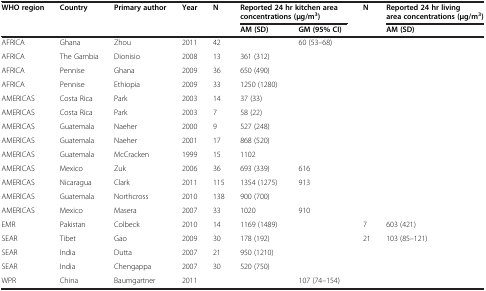
<table><thead><tr><td><b>WHO region</b></td><td><b>Country</b></td><td><b>Primary author</b></td><td><b>Year</b></td><td><b>N</b></td><td colspan="2"><b>Reported 24 hr kitchen area concentrations (μg/m<sup>3</sup>)</b></td><td><b>N</b></td><td><b>Reported 24 hr living area concentrations (μg/m<sup>3</sup>)</b></td></tr><tr><td><b> </b></td><td><b> </b></td><td><b> </b></td><td><b> </b></td><td><b> </b></td><td><b>AM (SD)</b></td><td><b>GM (95% CI)</b></td><td><b> </b></td><td><b>AM (SD)</b></td></tr></thead><tbody><tr><td>AFRICA</td><td>Ghana</td><td>Zhou</td><td>2011</td><td>42</td><td> </td><td>60 (53–68)</td><td> </td><td> </td></tr><tr><td>AFRICA</td><td>The Gambia</td><td>Dionisio</td><td>2008</td><td>13</td><td>361 (312)</td><td> </td><td> </td><td> </td></tr><tr><td>AFRICA</td><td>Pennise</td><td>Ghana</td><td>2009</td><td>36</td><td>650 (490)</td><td> </td><td> </td><td> </td></tr><tr><td>AFRICA</td><td>Pennise</td><td>Ethiopia</td><td>2009</td><td>33</td><td>1250 (1280)</td><td> </td><td> </td><td> </td></tr><tr><td>AMERICAS</td><td>Costa Rica</td><td>Park</td><td>2003</td><td>14</td><td>37 (33)</td><td> </td><td> </td><td> </td></tr><tr><td>AMERICAS</td><td>Costa Rica</td><td>Park</td><td>2003</td><td>7</td><td>58 (22)</td><td> </td><td> </td><td> </td></tr><tr><td>AMERICAS</td><td>Guatemala</td><td>Naeher</td><td>2000</td><td>9</td><td>527 (248)</td><td> </td><td> </td><td> </td></tr><tr><td>AMERICAS</td><td>Guatemala</td><td>Naeher</td><td>2001</td><td>17</td><td>868 (520)</td><td> </td><td> </td><td> </td></tr><tr><td>AMERICAS</td><td>Guatemala</td><td>McCracken</td><td>1999</td><td>15</td><td>1102</td><td> </td><td> </td><td> </td></tr><tr><td>AMERICAS</td><td>Mexico</td><td>Zuk</td><td>2006</td><td>36</td><td>693 (339)</td><td>616</td><td> </td><td> </td></tr><tr><td>AMERICAS</td><td>Nicaragua</td><td>Clark</td><td>2011</td><td>115</td><td>1354 (1275)</td><td>913</td><td> </td><td> </td></tr><tr><td>AMERICAS</td><td>Guatemala</td><td>Northcross</td><td>2010</td><td>138</td><td>900 (700)</td><td> </td><td> </td><td> </td></tr><tr><td>AMERICAS</td><td>Mexico</td><td>Masera</td><td>2007</td><td>33</td><td>1020</td><td>910</td><td> </td><td> </td></tr><tr><td>EMR</td><td>Pakistan</td><td>Colbeck</td><td>2010</td><td>14</td><td>1169 (1489)</td><td> </td><td>7</td><td>603 (421)</td></tr><tr><td>SEAR</td><td>Tibet</td><td>Gao</td><td>2009</td><td>30</td><td>178 (192)</td><td> </td><td>21</td><td>103 (85–121)</td></tr><tr><td>SEAR</td><td>India</td><td>Dutta</td><td>2007</td><td>21</td><td>950 (1210)</td><td> </td><td> </td><td> </td></tr><tr><td>SEAR</td><td>India</td><td>Chengappa</td><td>2007</td><td>30</td><td>520 (750)</td><td> </td><td> </td><td> </td></tr><tr><td>WPR</td><td>China</td><td>Baumgartner</td><td>2011</td><td> </td><td> </td><td>107 (74–154)</td><td> </td><td> </td></tr></tbody></table>